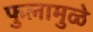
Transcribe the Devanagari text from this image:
फुलामुळे